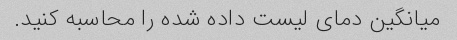
میانگین دمای لیست داده شده را محاسبه کنید.